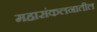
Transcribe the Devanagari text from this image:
महासंकलनातील